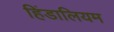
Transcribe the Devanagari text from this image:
हिंडालियम